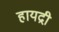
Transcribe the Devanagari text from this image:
हायद्री